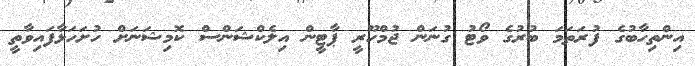
އިންތިހާބުގެ ފުރަތަމަ ބުރުގެ ވޯޓު ގުނަން ޖުމްހޫރީ ޕާޓީން އިލެކްޝަންސް ކޮމިޝަނަށް ހުށަހަޅާފައިވާތީ